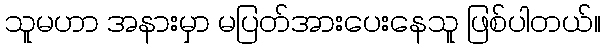
သူမဟာ အနားမှာ မပြတ်အားပေးနေသူ ဖြစ်ပါတယ်။